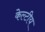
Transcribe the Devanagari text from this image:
केल्टीय